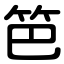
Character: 笆